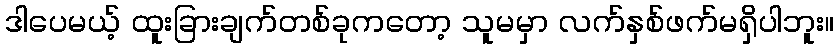
ဒါပေမယ့် ထူးခြားချက်တစ်ခုကတော့ သူမမှာ လက်နှစ်ဖက်မရှိပါဘူး။